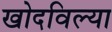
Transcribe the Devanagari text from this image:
खोदविल्या